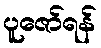
ပူဇော်ရန်